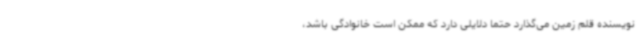
نویسنده قلم زمین می‌گذارد حتما دلایلی دارد که ممکن است خانوادگی باشد،